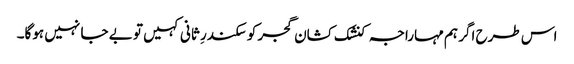
اس طرح اگر ہم مہاراجہ کنشک کشان گجر کو سکندرِ ثانی کہیں تو بے جا نہیں ہوگا۔